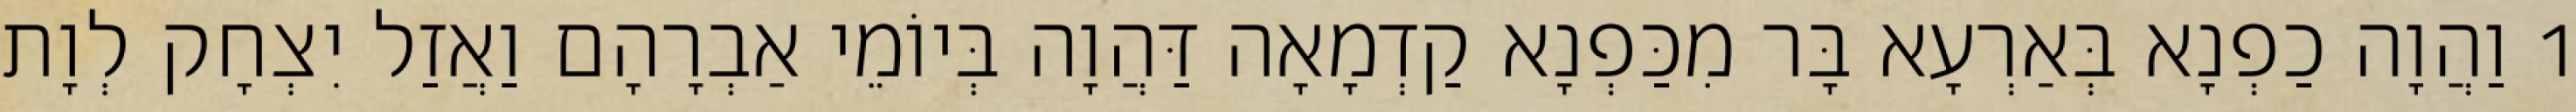
1 וַהֲוָה כַפְנָא בְּאַרְעָא בָּר מִכַּפְנָא קַדְמָאָה דַּהֲוָה בְּיוֹמֵי אַבְרָהָם וַאֲזַל יִצְחָק לְוָת